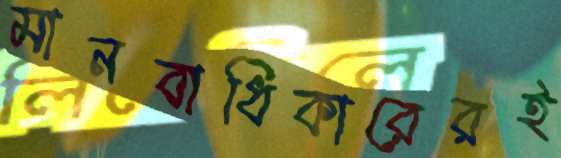
মানবাধিকারেরই